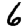
Digit: 6